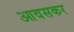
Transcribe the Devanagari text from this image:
आवसकर